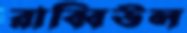
রাব্বিউল